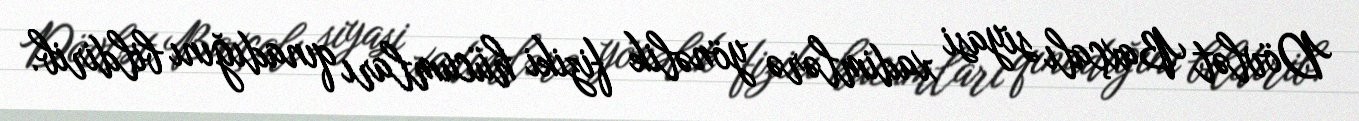
Dövlət Baxçalı siyasi xadimlərə yönəlik fiziki hücumları qınadığını bildirib.